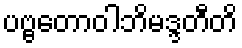
ပဗ္ဗတောဝါဘိမဒ္ဒတီတိ